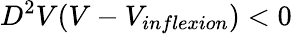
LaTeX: D^{2}V(V-V_{inflexion})<0